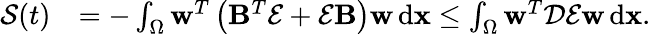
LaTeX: \begin{array}{rl}{\mathcal{S}(t)}&{=-\int_{\Omega}\mathbf{w}^{T}\left(\mathbf{B}^{T}\mathcal{E}+\mathcal{E}\mathbf{B}\right)\mathbf{w}\, \textup{d}\mathbf{x}\leq\int_{\Omega}\mathbf{w}^{T}\mathcal{D}\mathcal{E}\mathbf{w}\, \textup{d}\mathbf{x}.}\end{array}